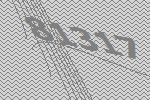
81317